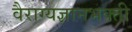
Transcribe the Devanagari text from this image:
वैराग्यज्ञानभक्ती